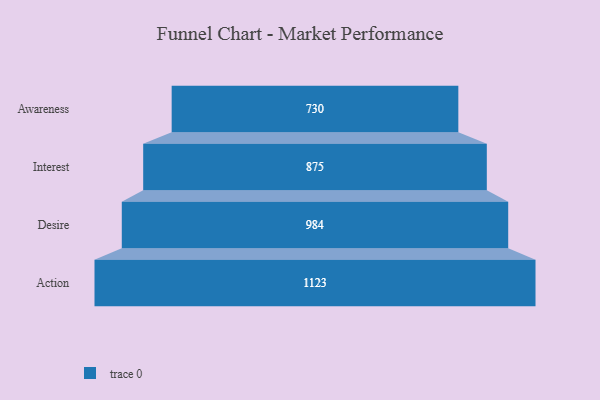
{"axis": {"x": "Stage", "y": "Value"}, "legend": [""], "data": [{"x": "Awareness", "y": 730.0, "type": ""}, {"x": "Interest", "y": 875.0, "type": ""}, {"x": "Desire", "y": 984.0, "type": ""}, {"x": "Action", "y": 1123.0, "type": ""}]}